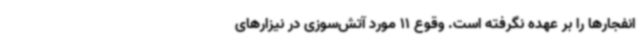
انفجارها را بر عهده نگرفته‌ است. وقوع 11 مورد آتش‌سوزی در نیزارهای